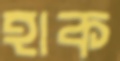
হাক